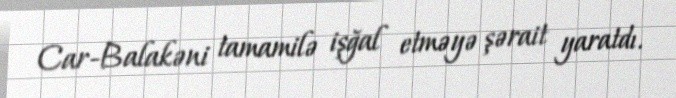
Car-Balakəni tamamilə işğal etməyə şərait yaratdı.